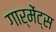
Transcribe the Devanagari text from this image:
गार्मेंट्स